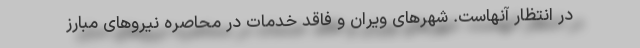
در انتظار آنهاست. شهرهای ویران و فاقد خدمات در محاصره نیروهای مبارز